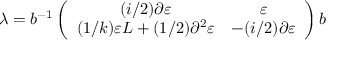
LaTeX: \lambda = b ^ { - 1 } \left( \begin{array} { c c } { { ( i / 2 ) \partial \varepsilon } } & { { \varepsilon } } \\ { { ( 1 / k ) \varepsilon L + ( 1 / 2 ) \partial ^ { 2 } \varepsilon } } & { { - ( i / 2 ) \partial \varepsilon } } \end{array} \right) b